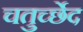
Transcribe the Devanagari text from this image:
चतुर्च्छेद